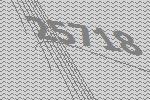
25718